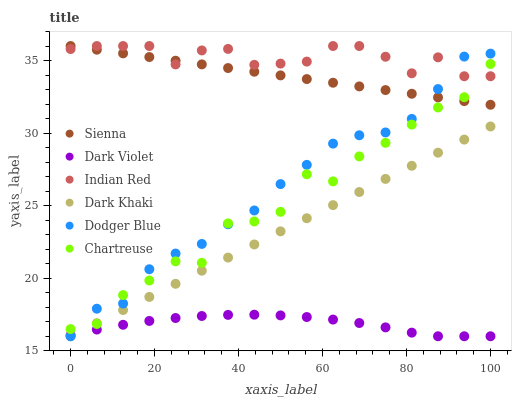
| xaxis_label | Sienna | Dark Violet | Indian Red | Dark Khaki | Dodger Blue | Chartreuse |
 | --- | --- | --- | --- | --- | --- | --- |
 | 0 | 36 | 16.1 | 35.8 | 16 | 16 | 16.5 |
 | 6.25 | 35.7 | 16.5 | 36 | 16.9 | 17.9 | 16.8 |
 | 12.5 | 35.5 | 16.8 | 36 | 17.8 | 18.3 | 18.8 |
 | 18.8 | 35.2 | 17.1 | 36 | 18.7 | 20.6 | 19.8 |
 | 25 | 35 | 17.3 | 34.7 | 19.6 | 21.7 | 21.2 |
 | 31.2 | 34.7 | 17.4 | 35.7 | 20.5 | 22.4 | 21.1 |
 | 37.5 | 34.5 | 17.5 | 35.8 | 21.4 | 23.7 | 23.8 |
 | 43.8 | 34.2 | 17.5 | 34.7 | 22.3 | 24.7 | 23.9 |
 | 50 | 34 | 17.4 | 34.8 | 23.2 | 26.5 | 24.6 |
 | 56.2 | 33.7 | 17.3 | 34.9 | 24.1 | 27.8 | 27.2 |
 | 62.5 | 33.5 | 17.1 | 36 | 25 | 29.3 | 26.7 |
 | 68.8 | 33.2 | 16.9 | 36 | 25.9 | 29.8 | 28.4 |
 | 75 | 33 | 16.6 | 35.3 | 26.8 | 30 | 29.3 |
 | 81.2 | 32.7 | 16.2 | 34.1 | 27.7 | 31 | 30.6 |
 | 87.5 | 32.5 | 16 | 35.2 | 28.6 | 33 | 31.8 |
 | 93.8 | 32.2 | 16 | 33.9 | 29.6 | 35.3 | 32.5 |
 | 100 | 32 | 16 | 33.9 | 30.5 | 35.5 | 34.8 |